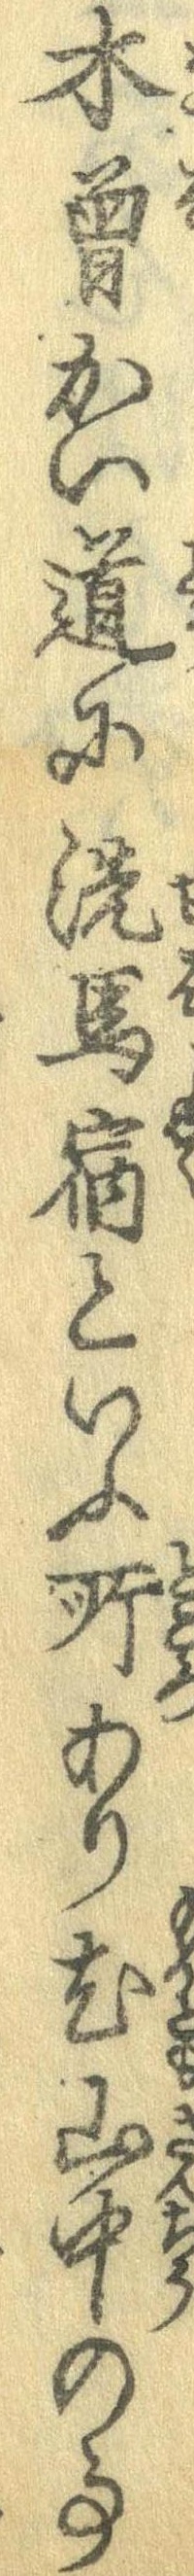
木曽かい道に洗馬宿といふ所あり尤山中の事